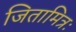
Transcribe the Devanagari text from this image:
जितामित्रः